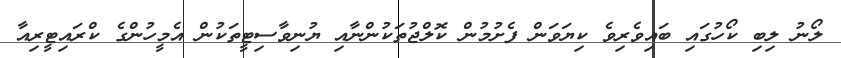
ލޯނު ލިބި ކޯހުގައި ބައިވެރިވެ ކިޔަވަން ފެށުމުން ކޮލްޖުތަކުންނާއި ޔުނިވާސިޓީތަކުން އެމީހުންގެ ކްރައިޓީރިއާ